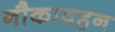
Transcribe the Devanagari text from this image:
नौकावहन